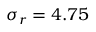
\sigma _ { r } = 4 . 7 5